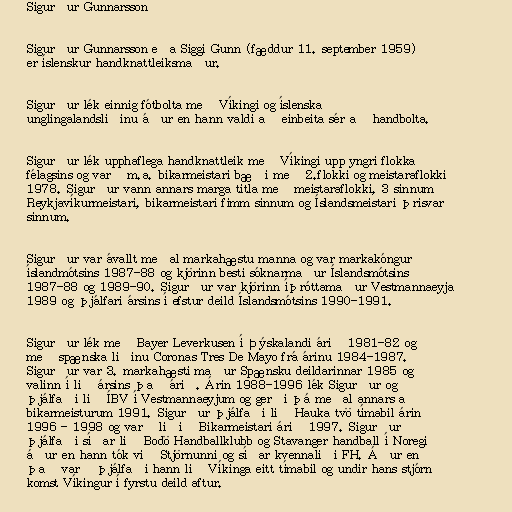
Sigurður Gunnarsson

Sigurður Gunnarsson eða Siggi Gunn (fæddur 11. september 1959)
er íslenskur handknattleiksmaður.

Sigurður lék einnig fótbolta með Víkingi og íslenska
unglingalandsliðinu áður en hann valdi að einbeita sér að handbolta.

Sigurður lék upphaflega handknattleik með Víkingi upp yngri flokka
félagsins og varð m.a. bikarmeistari bæði með 2.flokki og meistaraflokki
1978. Sigurður vann annars marga titla með meistaraflokki, 3 sinnum
Reykjavíkurmeistari, bikarmeistari fimm sinnum og Íslandsmeistari þrisvar
sinnum.

Sigurður var ávallt meðal markahæstu manna og var markakóngur
íslandmótsins 1987-88 og kjörinn besti sóknarmaður Íslandsmótsins
1987-88 og 1989-90. Sigurður var kjörinn íþróttamaður Vestmannaeyja
1989 og þjálfari ársins í efstur deild Íslandsmótsins 1990-1991.

Sigurður lék með Bayer Leverkusen í Þýskalandi árið 1981-82 og
með spænska liðinu Coronas Tres De Mayo frá árinu 1984-1987.
Sigurður var 3. markahæsti maður Spænsku deildarinnar 1985 og
valinn í lið ársins það árið. Árin 1988-1996 lék Sigurður og
þjálfaði lið ÍBV í Vestmannaeyjum og gerði þá meðal annars að
bikarmeisturum 1991. Sigurður þjálfaði lið Hauka tvö tímabil árin
1996 - 1998 og varð liðið Bikarmeistari árið 1997. Sigurður
þjálfaði síðar lið Bodö Handballklubb og Stavanger handball í Noregi
áður en hann tók við Stjörnunni og síðar kvennaliði FH. Áður en
það varð þjálfaði hann lið Víkinga eitt tímabil og undir hans stjórn
komst Víkingur í fyrstu deild aftur.